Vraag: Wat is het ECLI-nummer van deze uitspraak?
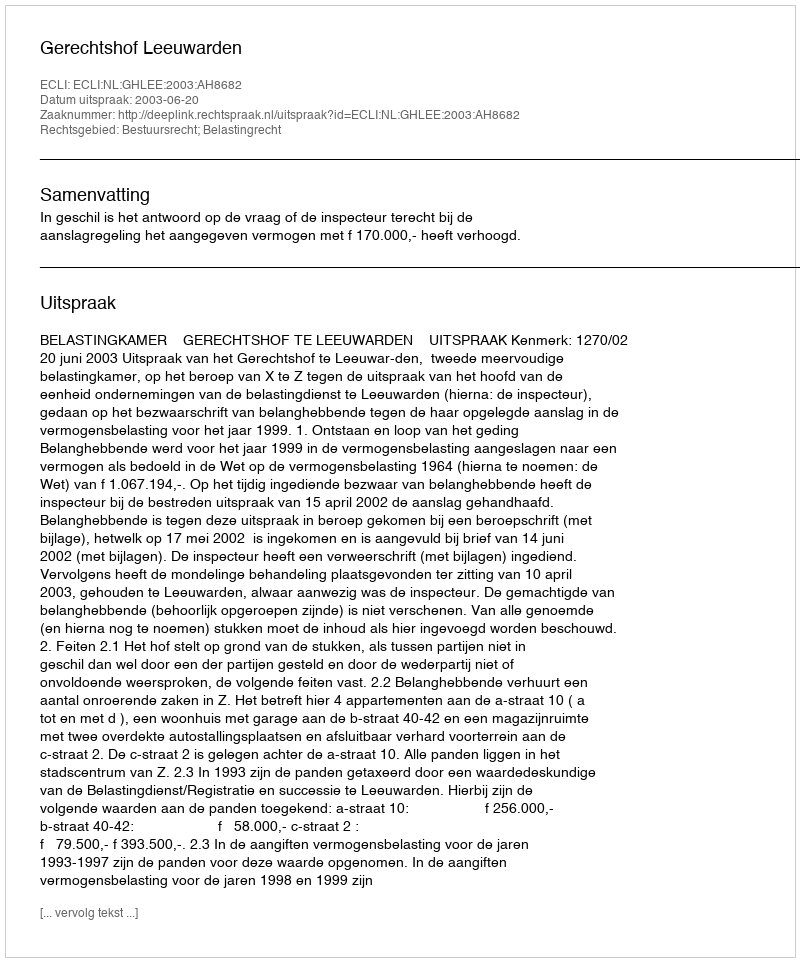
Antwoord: ECLI:NL:GHLEE:2003:AH8682